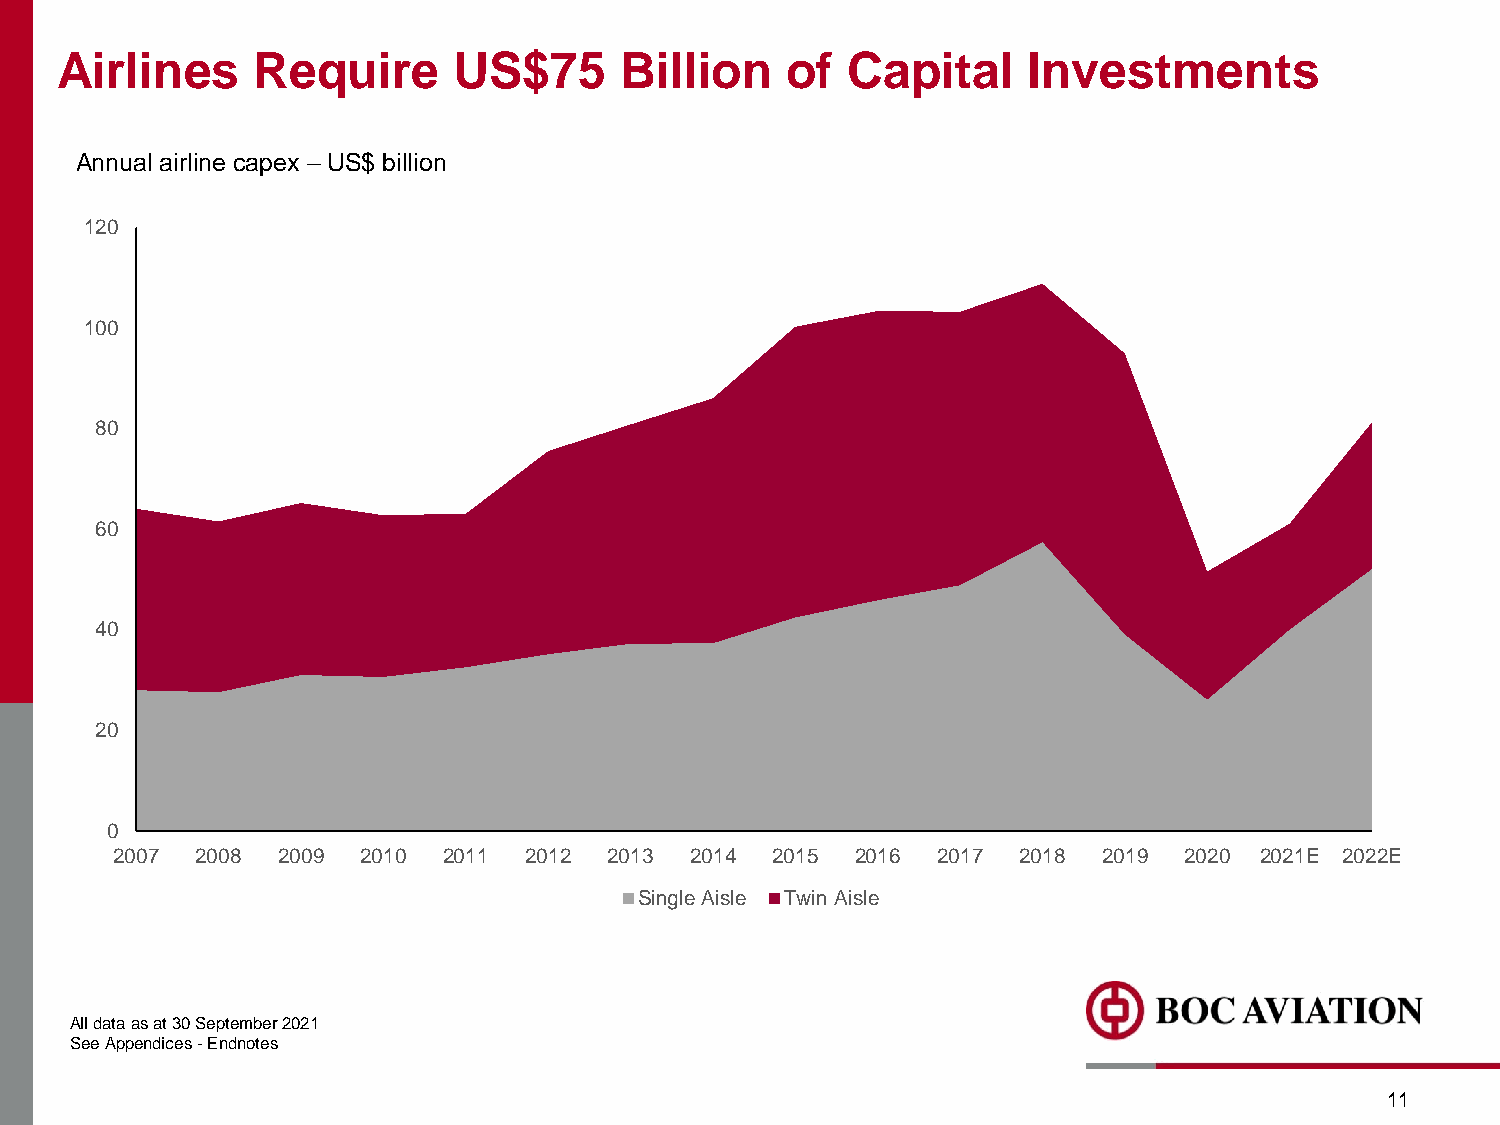
Airlines     Require      US$75      Billion    of  Capital     Investments
 Annual airline capex – US$ billion
 120
 100
 80
 60
 40
 20
 0
 2007  2008 2009  2010 2011  2012 2013  2014 2015  2016 2017 2018  2019 2020 2021E 2022E
 Single Aisle Twin Aisle
 All data as at 30 September 2021
 See Appendices -Endnotes
 11